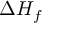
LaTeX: \Delta H _ { f }